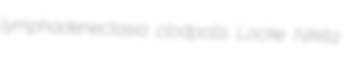
lymphadenectasia clodpolls Locke Nikita